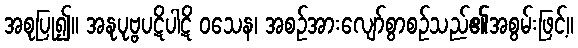
အစုပြု၍။ အနုပုဗ္ဗပဋိပါဋိ ဝသေန၊ အစဉ်အားလျော်စွာစဉ်သည်၏အစွမ်းဖြင့်။